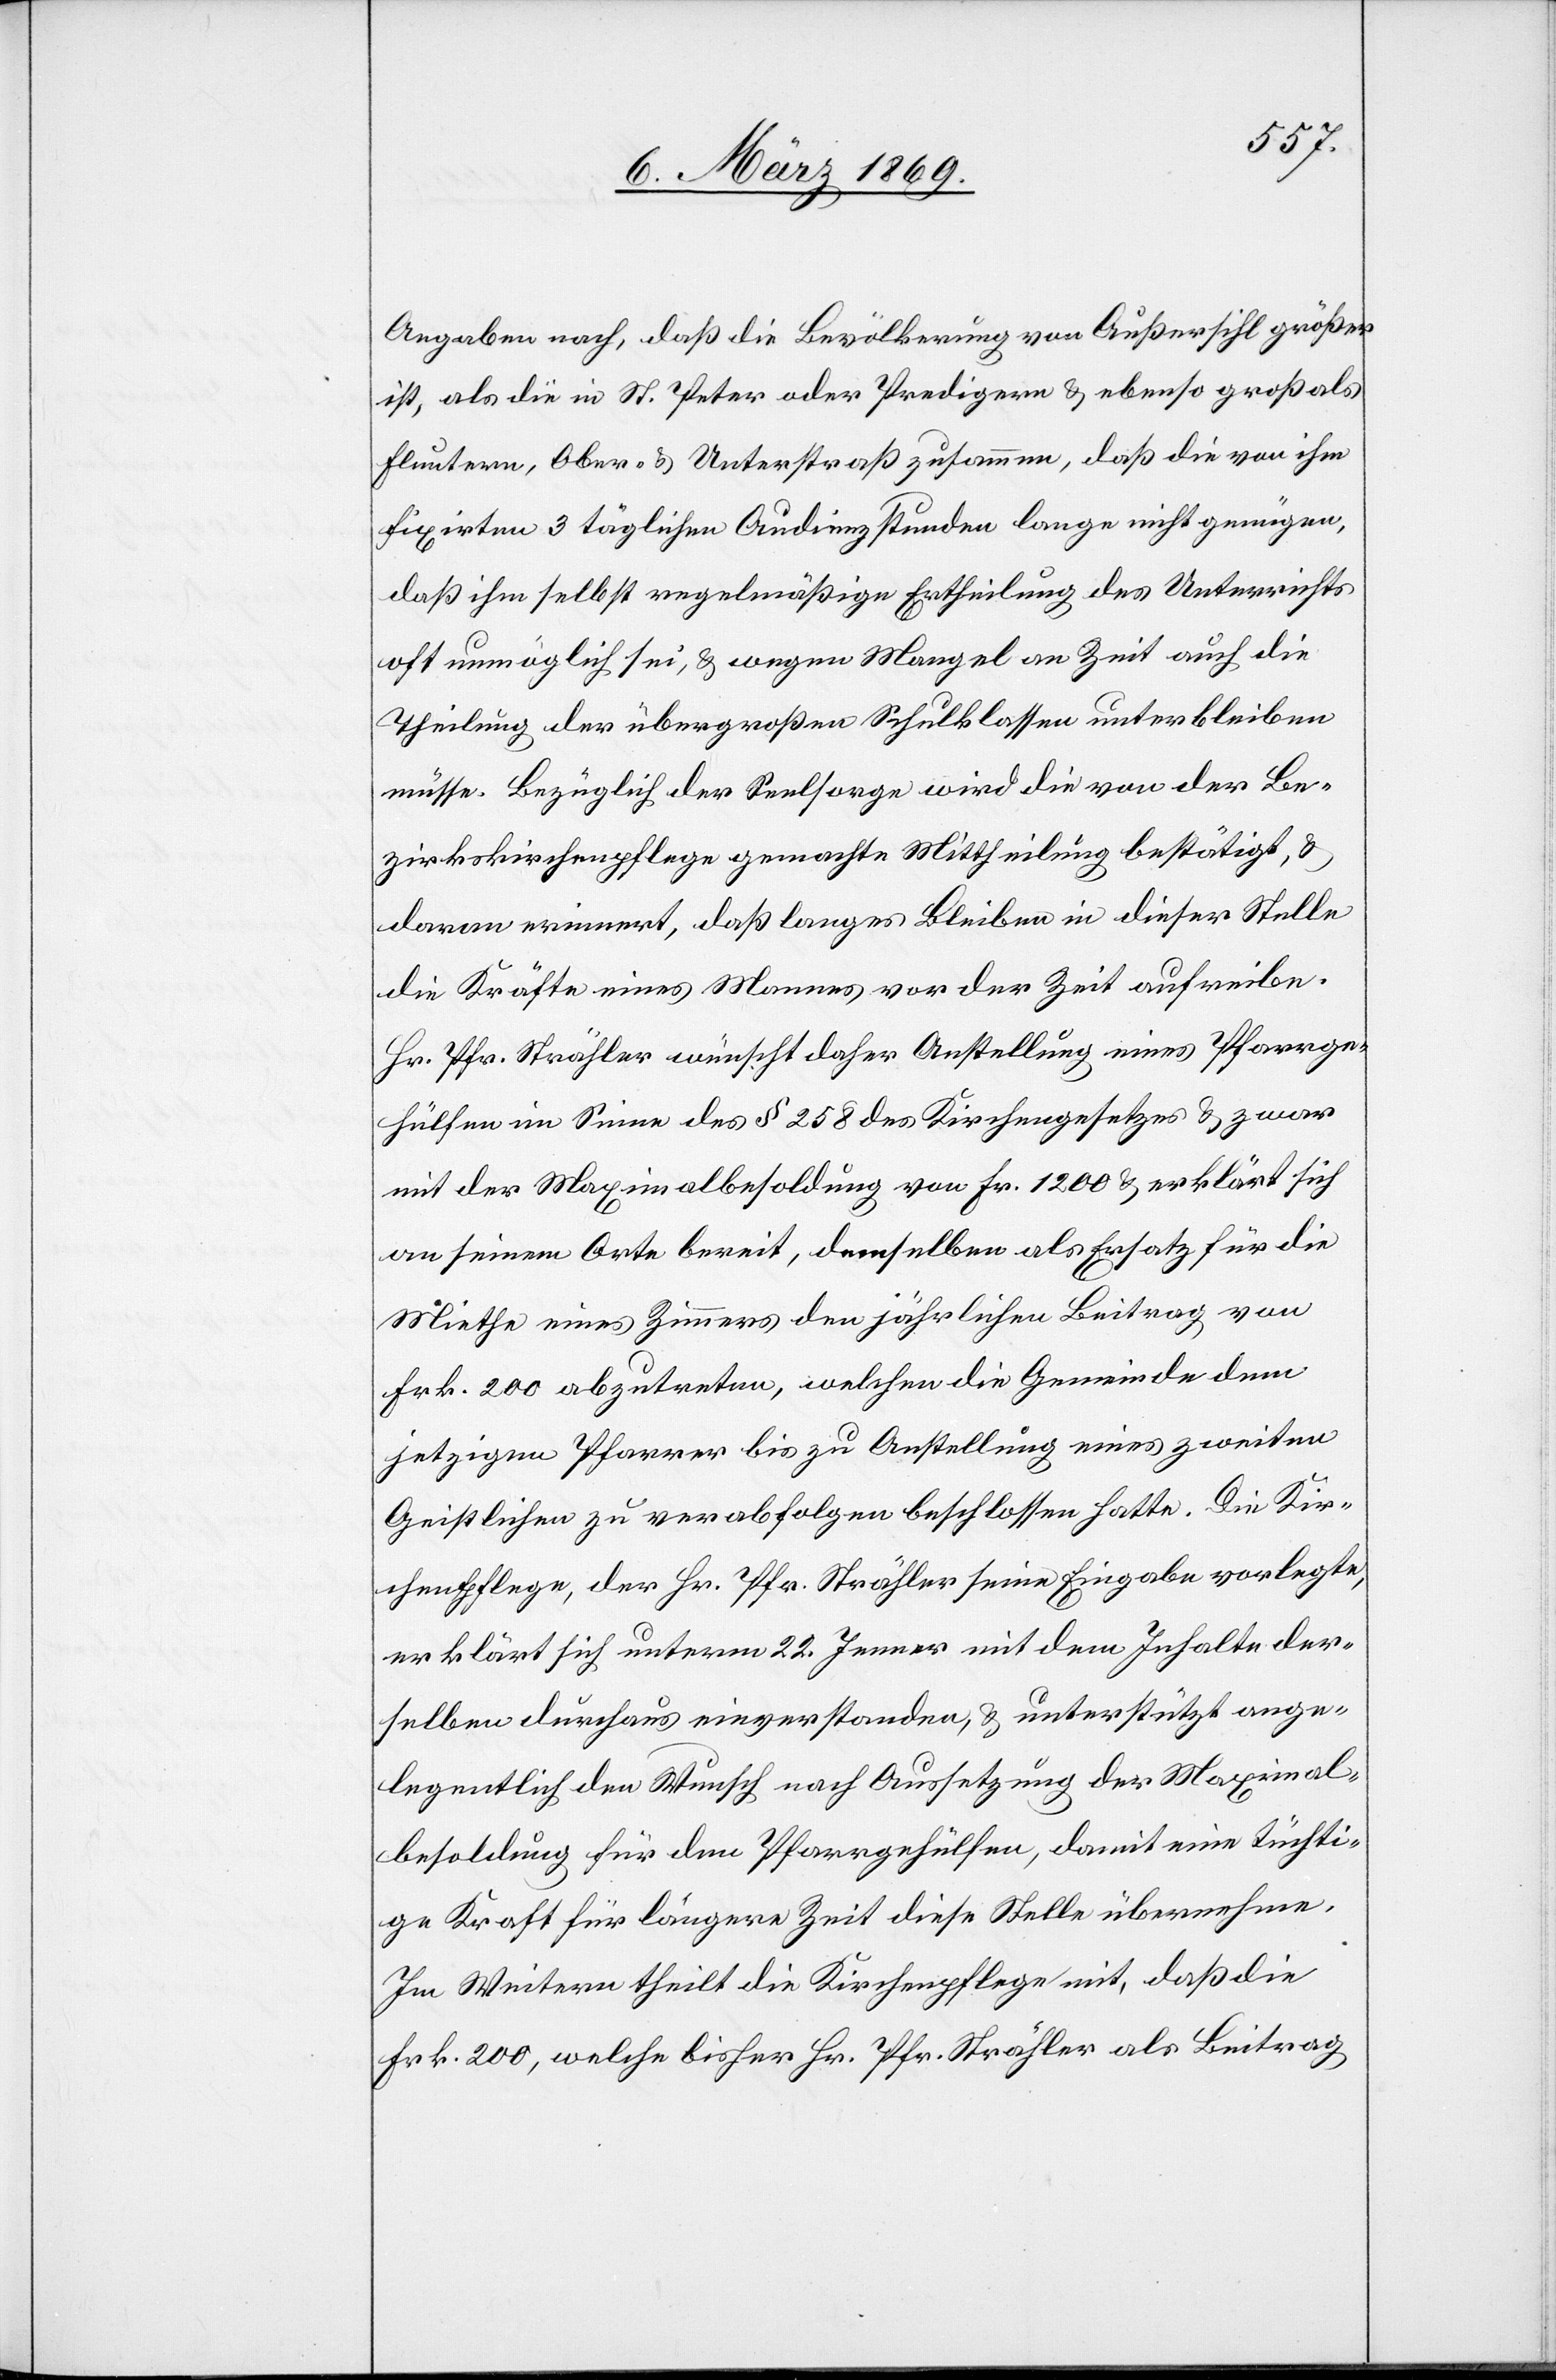
Angaben nach, daß die Bevölkerung von Außersihl größer
ist, als die in St. Peter oder Predigern & ebenso groß als
Fluntern, Ober- & Unterstraß zusammen, daß die von ihm
fixirten 3 täglichen Audienzstunden lange nicht genügen,
daß ihm selbst regelmäßige Ertheilung des Unterrichts
oft unmöglich sei, & wegen Mangel an Zeit auch die
Theilung der übergroßen Schulklassen unterbleiben
müsse. Bezüglich der Seelsorge wird die von der Be¬
zirksschulpflege gemachte Mittheilung bestätigt, &
daran erinnert, daß langes Bleiben in dieser Stelle
die Kräfte eines Mannes vor der Zeit aufreibe.
Hr. Pfr. Strähler wünscht daher Anstellung eines Pfarrge¬
hülfen im Sinne des § 258 des Kirchengesetzes & zwar
mit der Maximalbesoldung von Fr. 1200 & erklärt sich
an seinem Orte bereit, demselben als Ersatz für die
Miethe eines Zimmers den jährlichen Beitrag von
Frk. 200 abzutreten, welchen die Gemeinde dem
jetzigen Pfarrer bis zu Anstellung eines zweiten
Geistlichen zu verabfolgen beschlossen hatte. Die Kir¬
chenpflege, der Hr. Pfr. Strähler seine Eingabe vorlegte,
erklärt sich unterm 22. Jenner mit dem Inhalte der¬
selben durchaus einverstanden, & unterstützt ange¬
legentlich den Wunsch nach Aussetzung der Maximal¬
besoldung für den Pfarrgehülfen, damit eine tüchti¬
ge Kraft für längere Zeit diese Stelle übernehme.
Im Weitern theilt die Kirchenpflege mit, daß die
Frk. 200, welche bisher Hr. Pfr. Strähler als Beitrag